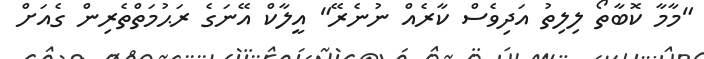
"މާމާ ކޮބާތޯ ލިލިތު އަދިވެސް ކާރެއް ނުނެރޭ" އީލާކް އޭނަގެ ރަޙުމަތްތެރިން ގެއަށް